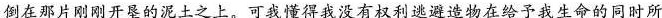
倒在那片刚刚开垦的泥土之上，可我懂得我没有权利逃避造物在给予我生命的同时所